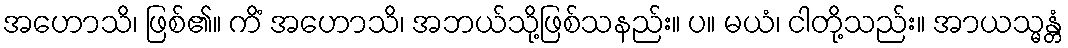
အဟောသိ၊ ဖြစ်၏။ ကိံ အဟောသိ၊ အဘယ်သို့ဖြစ်သနည်း။ ပ။ မယံ၊ ငါတို့သည်း။ အာယသ္မန္တံ